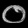
Digit: ၀